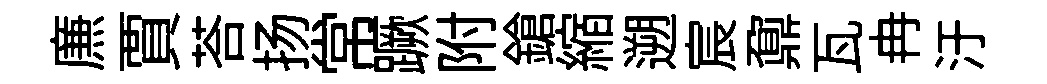
㢘賈荅扬常蹶附鎗縮遡宸鼐瓦冉汙